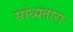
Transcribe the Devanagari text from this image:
सांध्यतारा